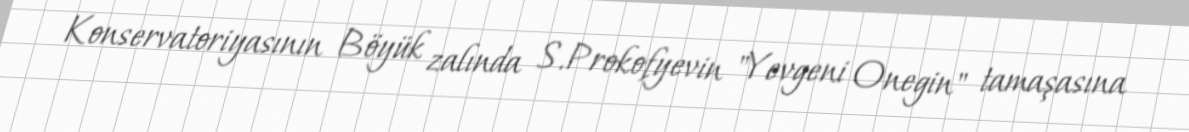
Konservatoriyasının Böyük zalında S.Prokofyevin "Yevgeni Onegin" tamaşasına